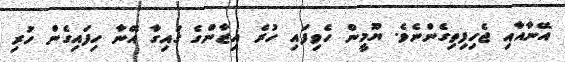
އޭނާއާއި ޖެހިފިތިގެންނެވެ. ޔޫމީން ހެވިފައި ހުރެ އިޒާންގެ ގައިގާ އޭނާ ހިފައިގެން ހުރި